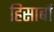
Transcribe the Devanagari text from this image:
हिसाबों